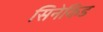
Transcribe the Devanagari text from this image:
सिनेकिड